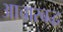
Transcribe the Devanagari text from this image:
आचारबद्ध